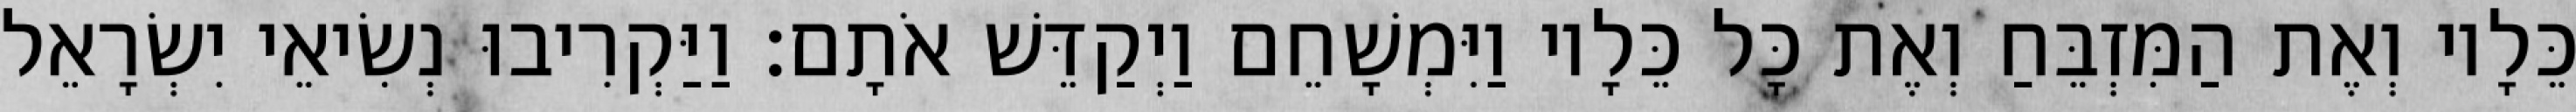
כֵּלָיו וְאֶת הַמִּזְבֵּחַ וְאֶת כָּל כֵּלָיו וַיִּמְשָׁחֵם וַיְקַדֵּשׁ אֹתָם׃ וַיַּקְרִיבוּ נְשִׂיאֵי יִשְׂרָאֵל